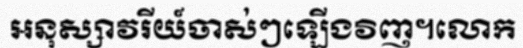
អនុស្សាវរីយ៍ចាស់ៗឡើងវិញ។លោក